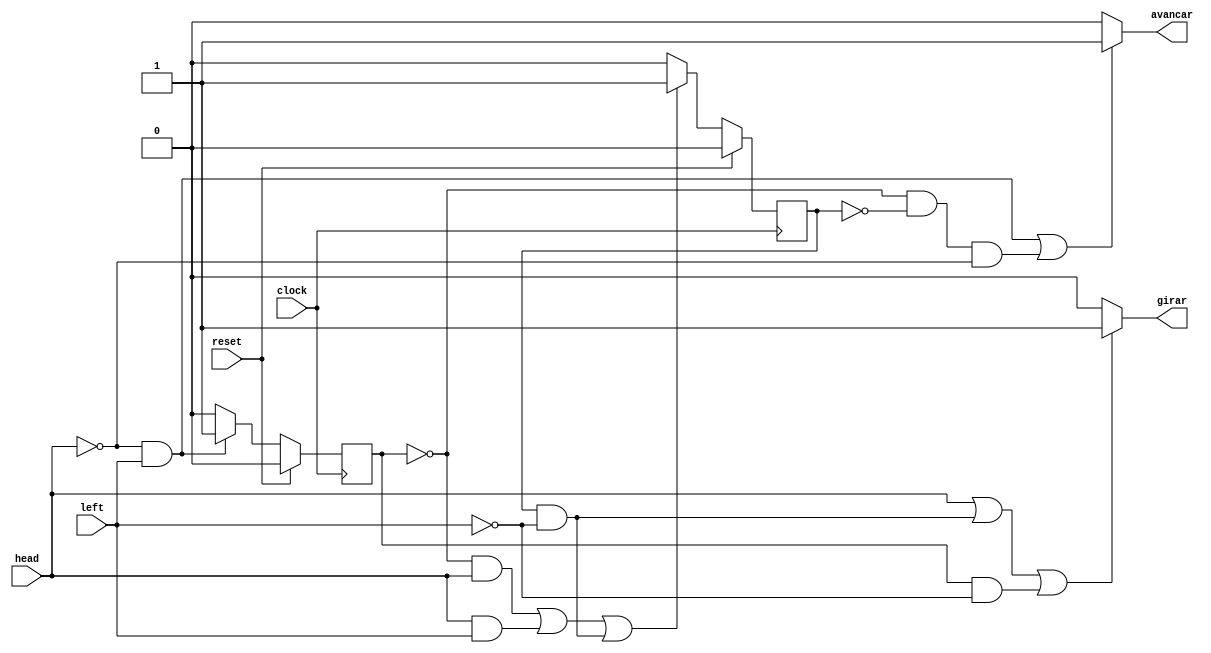
module Robo (clock, reset, head, left, avancar, girar);
input wire clock;
input wire reset ;
input wire head ; 
input wire left ;
output reg avancar ;
output reg girar ;
reg A,B,An,Bn;

always @(*)
begin

	if (reset) begin
		An = 1'b0;
	end else if (!head && left) begin
		An = 1'b1;
	end else begin
		An = 1'b0;
	end

	if (reset) begin
		Bn = 1'b0;
	end else if (!A && head || head && left || B && !left) begin
		Bn = 1'b1;
	end else begin
		Bn = 1'b0;
	end

end

always @(*)
begin

	if (!head && left || !A && !B && !head) begin
		avancar = 1'b1;
	end else begin
		avancar = 1'b0;
	end

	if (head || B && !left || A && !left) begin
		girar = 1'b1;
	end else begin
		girar = 1'b0;
	end

end

always @(posedge clock)
begin

	A <= An;
	B <= Bn;

end

endmodule